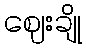
ဈေးချို